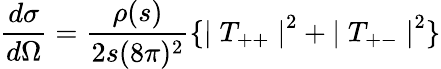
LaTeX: \frac{d\sigma}{d\Omega}=\frac{\rho(s)}{2s(8\pi)^{2}}\{ {\mid T_{++}\mid}^{2}+{\mid T_{+-}\mid}^{2}\}